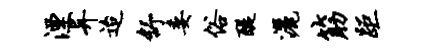
湮异迨舒委俗醍洒筋距